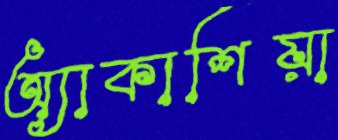
অ্যাকাশিয়া